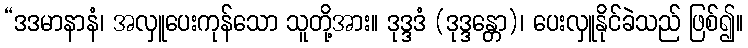
“ဒဒမာနာနံ၊ အလှူပေးကုန်သော သူတို့အား။ ဒုဒ္ဒဒံ (ဒုဒ္ဒန္တော)၊ ပေးလှူနိုင်ခဲသည် ဖြစ်၍။